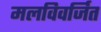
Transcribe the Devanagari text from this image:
मलविवर्जित